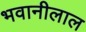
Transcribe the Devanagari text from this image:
भवानीलाल